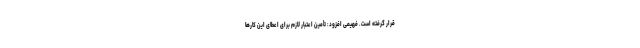
قرار گرفته است. فهیمی افزود: تأمین اعتبار لازم برای اعطای این کارها